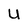
Character: U